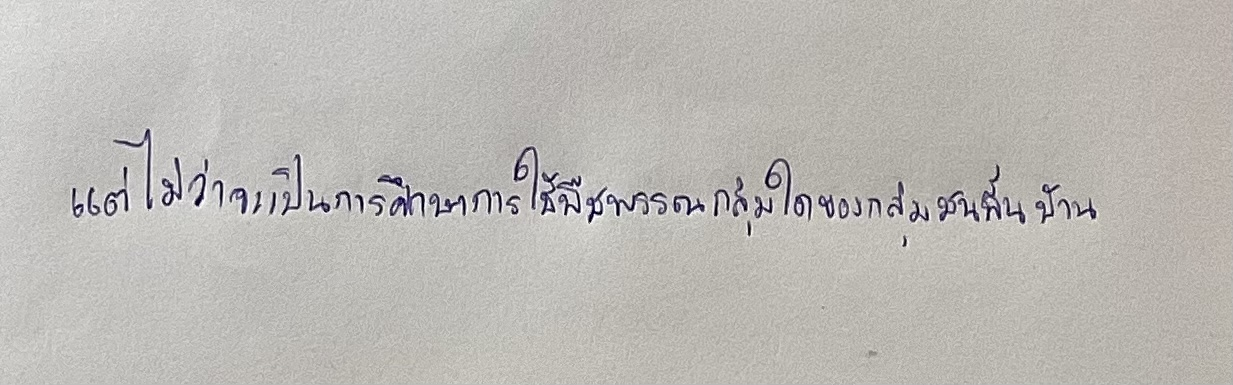
แต่ไม่ว่าจะเป็นการศึกษาการใช้พืชพรรณกลุ่มใดของกลุ่มชนพื้นบ้าน